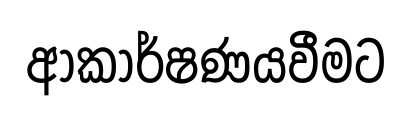
ආකාර්ෂණයවීමට